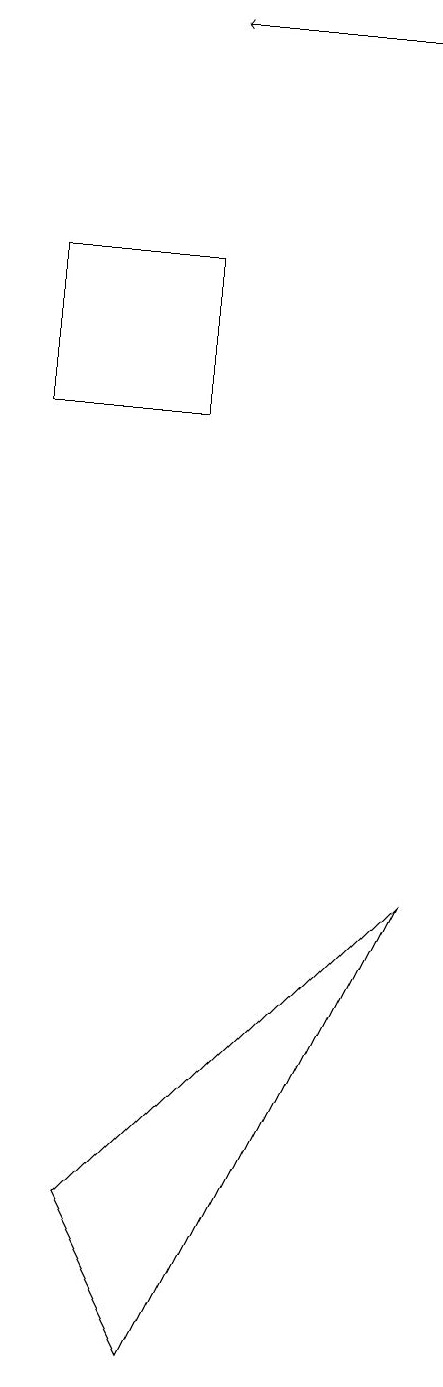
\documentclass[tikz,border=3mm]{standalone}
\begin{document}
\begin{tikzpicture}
\draw[->] (9,18) -- (6,18);
\draw (6,1) -- (9,7) -- (5,3) -- cycle;
\draw (6,13) rectangle (4,15);
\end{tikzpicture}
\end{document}